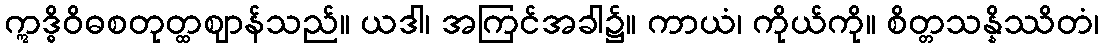
ဣဒ္ဓိဝိဓစတုတ္ထဈာန်သည်။ ယဒါ၊ အကြင်အခါ၌။ ကာယံ၊ ကိုယ်ကို။ စိတ္တသန္နိဿိတံ၊